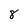
Character: 8